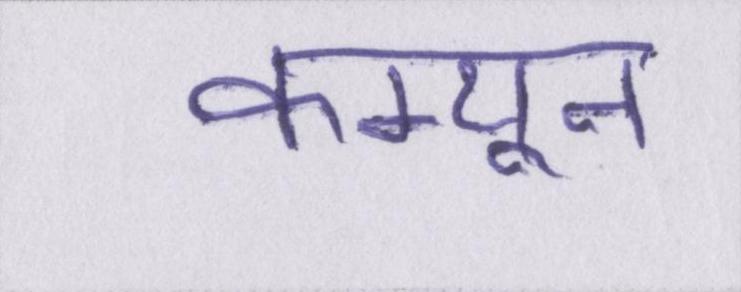
कम्यून